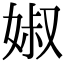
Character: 婌